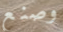
وصنع